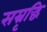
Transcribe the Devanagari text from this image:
सम्रृद्धि